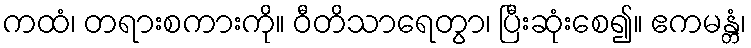
ကထံ၊ တရားစကားကို။ ဝီတိသာရေတွာ၊ ပြီးဆုံးစေ၍။ ဧကမန္တံ၊